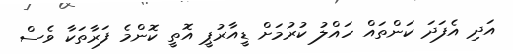
އަދި އެފަދަ ކަންތައް ހައްލު ކުރުމަށް ޑީއާރުޕީ އޮތީ ކޮންމެ ފަރާތަކާ ވެސް